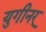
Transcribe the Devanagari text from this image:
युगीनर्